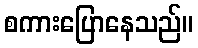
စကားပြောနေသည်။